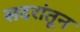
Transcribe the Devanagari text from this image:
सदरांतून